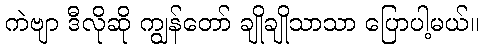
ကဲဗျာ ဒီလိုဆို ကျွန်တော် ချိုချိုသာသာ ပြောပါ့မယ်။